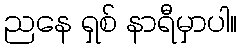
ညနေ ရှစ် နာရီမှာပါ။